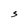
Character: S